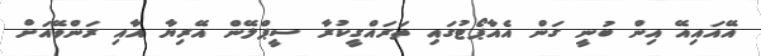
އޭއައިއޭ އިން ބުނީ ގަން އެއާޕޯޓުގައި ތަރައްގީކުރާ ސީޕްލޭން އޭރިޔާ އާއި ރަންވޭއަށް